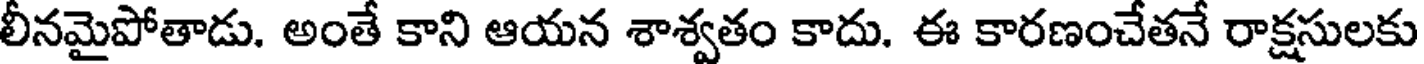
లీనమైపోతాడు. అంతే కాని ఆయన శాశ్వతం కాదు. ఈ కారణంచేతనే రాక్షసులకు